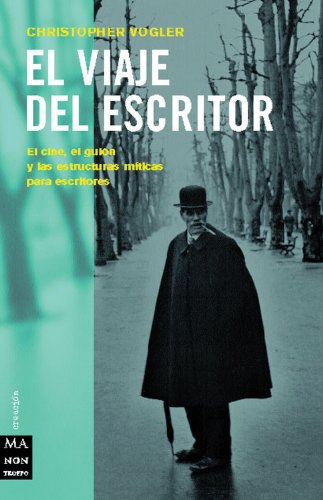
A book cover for El viaje del escritor: El cine, el guiÃ³n y las estructuras mÃ­ticas para escritores (Ma Non Troppocreacion) (Spanish Edition); Christopher Vogler; Humor & Entertainment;